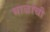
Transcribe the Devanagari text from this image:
माळांची